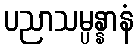
ပညာသမ္ပန္နာနံ